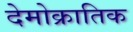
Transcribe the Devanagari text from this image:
देमोक्रातिक